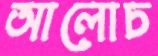
আলোচ